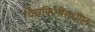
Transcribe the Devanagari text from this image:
चित्रफितींमधील